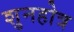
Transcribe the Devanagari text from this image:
शुनहोत्र